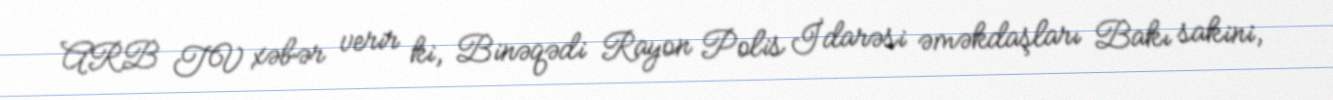
ARB TV xəbər verir ki, Binəqədi Rayon Polis İdarəsi əməkdaşları Bakı sakini,